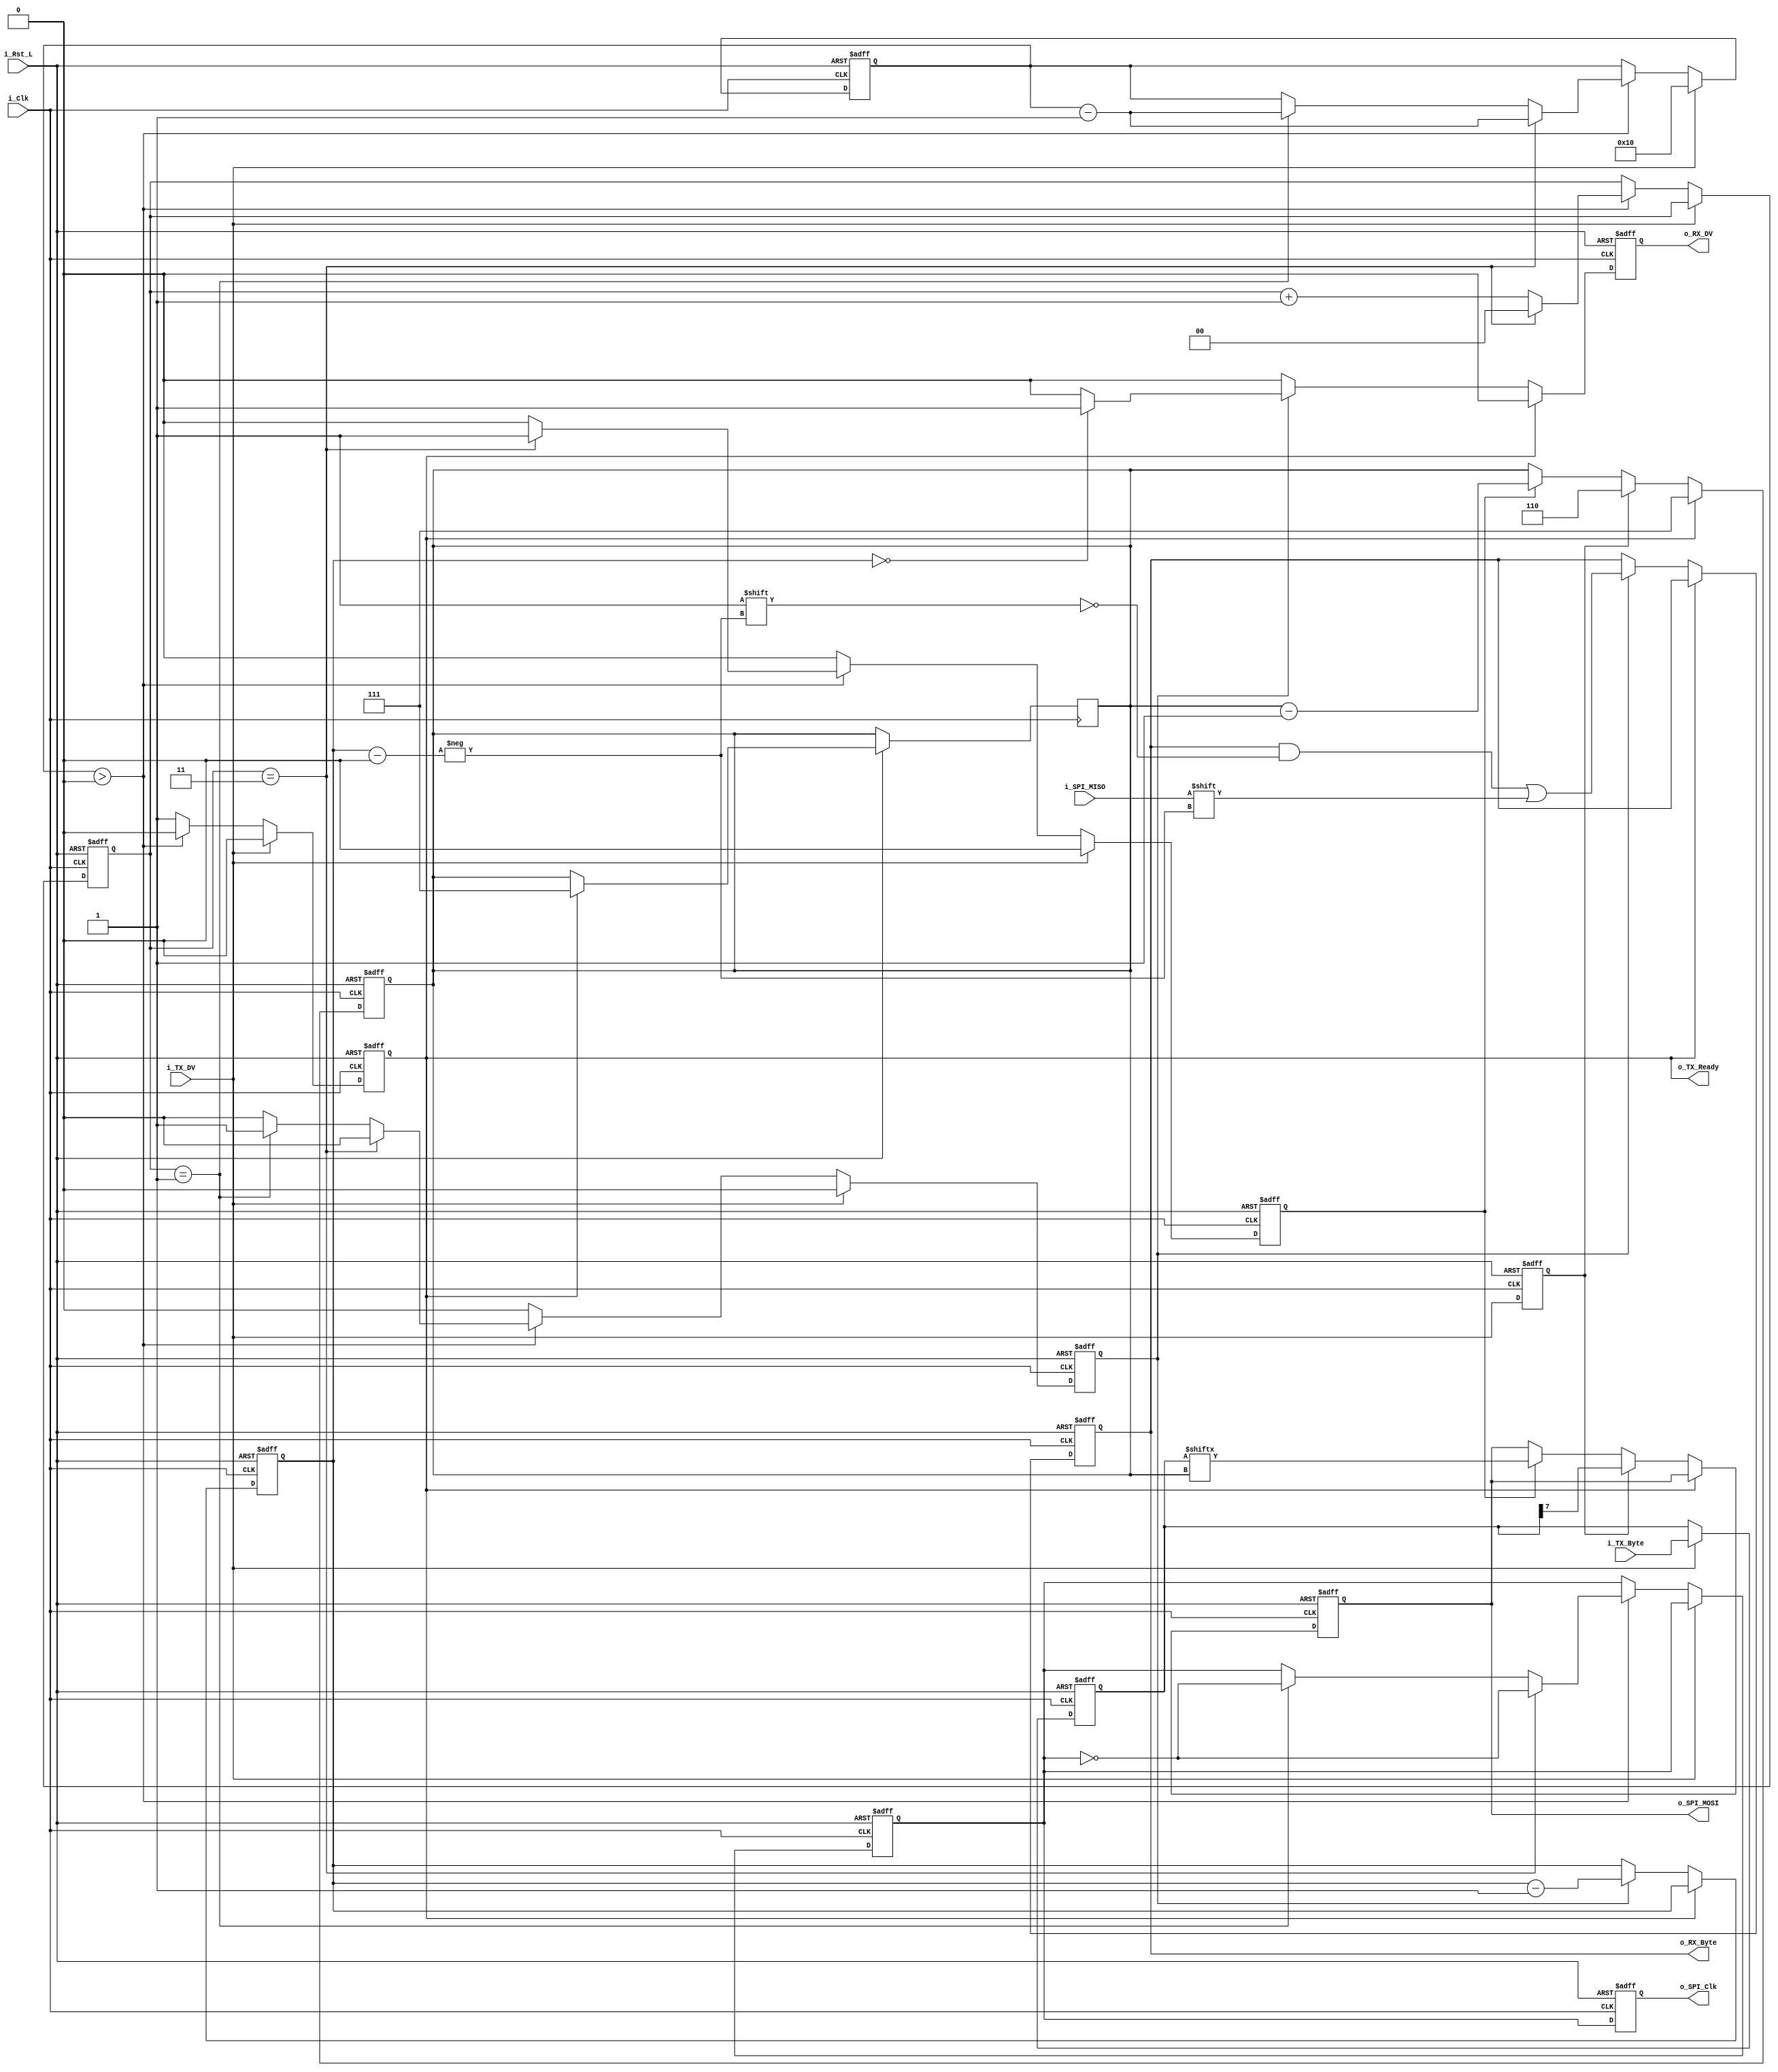
`timescale 1ns / 1ps
//////////////////////////////////////////////////////////////////////////////////
// Company: 
// Engineer: 
// 
// Design Name: 
// Module Name: spi_master
// Project Name: 
// Target Devices: 
// Tool Versions: 
// Description: 
// 
// Dependencies: 
// 
// Revision:
// Revision 0.01 - File Created
// Additional Comments:
// 
//////////////////////////////////////////////////////////////////////////////////


module spi_master
    #(parameter SPI_MODE = 0, 
      parameter CLKS_PER_HALF_BIT = 2)
      (
            //RST & CLK 
        input i_Rst_L,
        input i_Clk,
            //MOSI signals
        input [7:0] i_TX_Byte,
        input       i_TX_DV,
        output reg  o_TX_Ready,
            //MISO signals
        output reg  o_RX_DV,
        output reg [7:0] o_RX_Byte,
            //Interface signals
        output reg  o_SPI_Clk,
        input       i_SPI_MISO,
        output reg  o_SPI_MOSI
    );
    
    //
    wire w_CPOL;
    wire w_CPHA;
    
    reg [$clog2(CLKS_PER_HALF_BIT*2)-1:0] r_SPI_Clk_Count; //[2:0] by tb
    reg r_SPI_Clk;
    reg [4:0] r_SPI_Clk_Edges;
    reg r_Leading_Edge;
    reg r_Trailing_Edge;
    reg r_TX_DV;
    reg [7:0] r_TX_Byte;
    
    reg [2:0] r_RX_Bit_Count;
    reg [2:0] r_TX_Bit_Count;    
    assign w_CPOL = (SPI_MODE == 2) | (SPI_MODE == 3);
    
    assign w_CPHA = (SPI_MODE == 1) | (SPI_MODE == 3);
    
always @(posedge i_Clk or negedge i_Rst_L) // generates internal r_SPI_Clk, Leading&Trailing edge internal registers, o_TX_Ready reg
    begin
        if (~i_Rst_L)
            begin
                   o_TX_Ready       <= 1'b0;
                   r_SPI_Clk_Edges  <= 0;
                   r_Leading_Edge   <= 1'b0;
                   r_Trailing_Edge  <= 1'b0;
                   r_SPI_Clk        <= w_CPOL;
                   r_SPI_Clk_Count  <= 0;
            end
        else
            begin  
                   r_Leading_Edge   <= 1'b0;
                   r_Trailing_Edge  <= 1'b0;
                   
                   if (i_TX_DV)
                        begin 
                            o_TX_Ready <= 1'b0;
                            r_SPI_Clk_Edges <= 16;
                        end
                   else if (r_SPI_Clk_Edges >0)
                        begin
                            o_TX_Ready <= 1'b0;
                            if (r_SPI_Clk_Count == CLKS_PER_HALF_BIT*2-1) //tb==7
                                begin
                                    r_SPI_Clk_Edges <= r_SPI_Clk_Edges - 1;
                                    r_Trailing_Edge <= 1'b1;
                                    r_SPI_Clk_Count <= 0; 
                                    r_SPI_Clk       <= ~r_SPI_Clk;
                                end 
                            else if (r_SPI_Clk_Count == CLKS_PER_HALF_BIT - 1) //tb==3
                                begin
                                    r_SPI_Clk_Edges <= r_SPI_Clk_Edges - 1;
                                    r_Leading_Edge  <= 1'b1;
                                    r_SPI_Clk_Count <= r_SPI_Clk_Count +1;
                                    r_SPI_Clk       <= ~r_SPI_Clk;
                                end 
                            else
                                begin
                                    r_SPI_Clk_Count <= r_SPI_Clk_Count + 1; //
                                end 
                        end          
                   else
                        begin
                            o_TX_Ready <= 1'b1;
                        end
                    
            end    
    end
    
always @(posedge i_Clk or negedge i_Rst_L) //reads byte from i_TX_Byte to internal register
    begin
        if (~i_Rst_L)
            begin
                r_TX_Byte   <= 8'b0000_0000;
                r_TX_DV     <= 1'b0;
            end 
        else 
            begin
                r_TX_DV <= i_TX_DV; 
                if (i_TX_DV)
                    begin
                        r_TX_Byte <= i_TX_Byte;
                    end
            end
    end
    
always @(posedge i_Clk or negedge i_Rst_L) //sending byte from r_TX_Byte to MOSI
    begin
        if (~i_Rst_L)
            begin
                o_SPI_MOSI <= 1'b0; //initial state
                r_TX_Bit_Count <= 3'b111;
            end 
        else
            begin
                if (o_TX_Ready)
                    begin 
                        r_TX_Bit_Count <= 3'b111;
                    end 
                else if (r_TX_DV & ~w_CPHA)
                    begin 
                        o_SPI_MOSI <= r_TX_Byte[3'b111]; //sending MSB
                        r_TX_Bit_Count <= 3'b110;
                    end 
                else if ((r_Leading_Edge & w_CPHA) | (r_Trailing_Edge & ~w_CPHA))
                    begin
                        r_TX_Bit_Count  <= r_TX_Bit_Count -1;
                        o_SPI_MOSI      <= r_TX_Byte[r_TX_Bit_Count]; //sending other bits
                    end 
            end 
    end 
        
always @(posedge i_Clk or negedge i_Rst_L) //read byte from MISO to RX_Byte
    begin
        if (~i_Rst_L)
            begin
                o_RX_Byte       <=  8'b0000_0000;
                o_RX_DV         <=  1'b0;
                r_RX_Bit_Count  <=  3'b111;
            end 
        else 
            begin
                o_RX_DV <= 1'b0;
                if (o_TX_Ready)
                    begin 
                        r_TX_Bit_Count <= 3'b111;
                    end 
                else if ((r_Leading_Edge & ~w_CPHA) | (r_Trailing_Edge & w_CPHA))
                    begin
                        o_RX_Byte[r_RX_Bit_Count]   <= i_SPI_MISO; //reading bits from MISO
                        r_RX_Bit_Count              <= r_RX_Bit_Count -1;
                        if (r_RX_Bit_Count == 3'b000)
                            begin
                                o_RX_DV <= 1'b1;
                            end 
                    end 
             end 
      end 
                    
always @(posedge i_Clk or negedge i_Rst_L) //releases SPI_CLK to output
    begin
        if (~i_Rst_L)
            begin
                o_SPI_Clk <= w_CPOL;
            end
        else
            begin
                o_SPI_Clk <= r_SPI_Clk;
            end
     end                         
            
endmodule